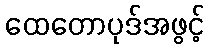
ထေတောပုဒ်အဖွင့်